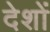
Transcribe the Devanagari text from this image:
देशों